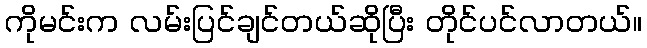
ကိုမင်းက လမ်းပြင်ချင်တယ်ဆိုပြီး တိုင်ပင်လာတယ်။